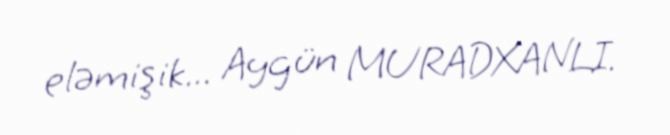
eləmişik... Aygün MURADXANLI.